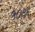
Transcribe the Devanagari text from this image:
५०९६